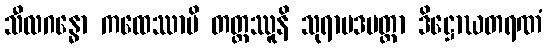
သီလဂန္ဓော ကထေဿာမိ တတ္ထဿူနိ သုရာမဒမတ္တာ ဒိဋ္ဌောဃတရဏံ